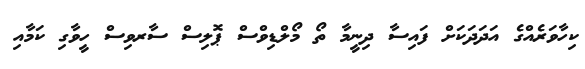
ކިހާވަރެއްގެ އަދަދަކަށް ފައިސާ ދިނީމާ ތޯ މޯލްޑިވްސް ޕޮލިސް ސާރވިސް ހީވާގި ކަމާއި